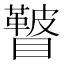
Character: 𥌕